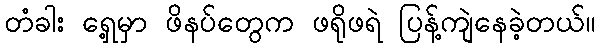
တံခါး ရှေ့မှာ ဖိနပ်တွေက ဖရိုဖရဲ ပြန့်ကျဲနေခဲ့တယ်။